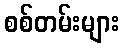
စစ်တမ်းများ